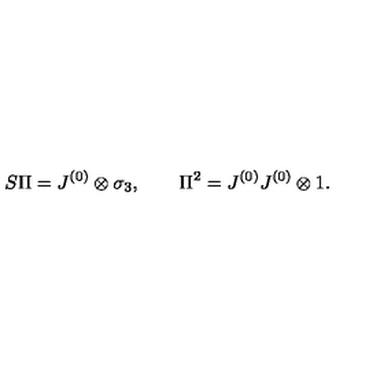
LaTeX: S \Pi = J ^ { ( 0 ) } \otimes \sigma _ { 3 } , \qquad \Pi ^ { 2 } = J ^ { ( 0 ) } J ^ { ( 0 ) } \otimes 1 .